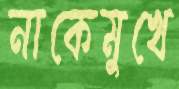
নাকেমুখে